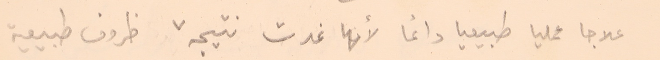
علاجا عمليا طبيعيا دائما لأنها غدت نتيجة ظروف طبيعية